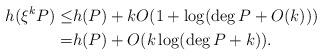
LaTeX: \begin{align*} \begin{aligned} h(\xi^k P)\le &h(P)+kO(1+\log(\deg P+O(k)))\\ =&h(P)+O(k\log(\deg P+k)). \end{aligned} \end{align*}